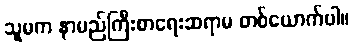
သူမက နာမည်ကြီးစာရေးဆရာမ တစ်ယောက်ပါ။